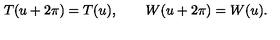
T ( u + 2 \pi ) = T ( u ) , \qquad W ( u + 2 \pi ) = W ( u ) .